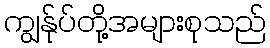
ကျွန်ုပ်တို့အများစုသည်